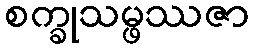
စက္ခုသမ္ဖဿဇာ